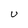
Character: U